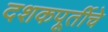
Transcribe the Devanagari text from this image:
दशकपूर्तीचे